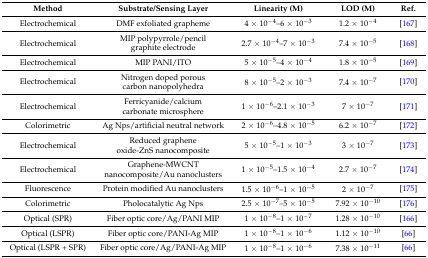
<table><thead><tr><td><b>Method</b></td><td><b>Substrate/Sensing Layer</b></td><td><b>Linearity (M)</b></td><td><b>LOD (M)</b></td><td><b>Ref.</b></td></tr></thead><tbody><tr><td>Electrochemical</td><td>DMF exfoliated grapheme</td><td>4 × 10<sup>−4</sup>–6 × 10<sup>−3</sup></td><td>1.2 × 10<sup>−4</sup></td><td>[167]</td></tr><tr><td>Electrochemical</td><td>MIP polypyrrole/pencil graphite electrode</td><td>2.7 × 10<sup>−4</sup>–7 × 10<sup>−3</sup></td><td>7.4 × 10<sup>−5</sup></td><td>[168]</td></tr><tr><td>Electrochemical</td><td>MIP PANI/ITO</td><td>5 × 10<sup>−5</sup>–4 × 10<sup>−4</sup></td><td>1.8 × 10<sup>−5</sup></td><td>[169]</td></tr><tr><td>Electrochemical</td><td>Nitrogen doped porous carbon nanopolyhedra</td><td>8 × 10<sup>−5</sup>–2 × 10<sup>−3</sup></td><td>7.4 × 10<sup>−7</sup></td><td>[170]</td></tr><tr><td>Electrochemical</td><td>Ferricyanide/calcium carbonate microsphere</td><td>1 × 10<sup>−6</sup>–2.1 × 10<sup>−3</sup></td><td>7 × 10<sup>−7</sup></td><td>[171]</td></tr><tr><td>Colorimetric</td><td>Ag Nps/artificial neutral network</td><td>2 × 10<sup>−6</sup>–4.8 × 10<sup>−5</sup></td><td>6.2 × 10<sup>−7</sup></td><td>[172]</td></tr><tr><td>Electrochemical</td><td>Reduced graphene oxide-ZnS nanocomposite</td><td>5 × 10<sup>−5</sup>–1 × 10<sup>−3</sup></td><td>3 × 10<sup>−7</sup></td><td>[173]</td></tr><tr><td>Electrochemical</td><td>Graphene-MWCNT nanocomposite/Au nanoclusters</td><td>1 × 10<sup>−5</sup>–1.5 × 10<sup>−4</sup></td><td>2.7 × 10<sup>−7</sup></td><td>[174]</td></tr><tr><td>Fluorescence</td><td>Protein modified Au nanoclusters</td><td>1.5 × 10<sup>−6</sup>–1 × 10<sup>−5</sup></td><td>2 × 10<sup>−7</sup></td><td>[175]</td></tr><tr><td>Colorimetric</td><td>Pholocatalytic Ag Nps</td><td>2.5 × 10<sup>−7</sup>–5 × 10<sup>−5</sup></td><td>7.92 × 10<sup>−10</sup></td><td>[176]</td></tr><tr><td>Optical (SPR)</td><td>Fiber optic core/Ag/PANI MIP</td><td>1 × 10<sup>−8</sup>–1 × 10<sup>−7</sup></td><td>1.28 × 10<sup>−10</sup></td><td>[166]</td></tr><tr><td>Optical (LSPR)</td><td>Fiber optic core/PANI-Ag MIP</td><td>1 × 10<sup>−8</sup>–1 × 10<sup>−6</sup></td><td>1.12 × 10<sup>−10</sup></td><td>[66]</td></tr><tr><td>Optical (LSPR + SPR)</td><td>Fiber optic core/Ag/PANI-Ag MIP</td><td>1 × 10<sup>−8</sup>–1 × 10<sup>−6</sup></td><td>7.38 × 10<sup>−11</sup></td><td>[66]</td></tr></tbody></table>